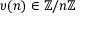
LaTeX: \upsilon ( n ) \in \mathbb { Z } / n \mathbb { Z }